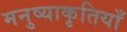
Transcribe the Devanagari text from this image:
मनुष्याकृतियाँ